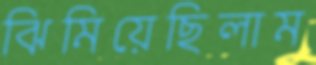
ঝিমিয়েছিলাম